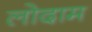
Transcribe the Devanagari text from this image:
लोदाम